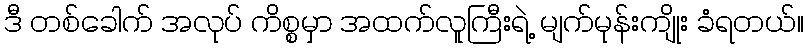
ဒီ တစ်ခေါက် အလုပ် ကိစ္စမှာ အထက်လူကြီးရဲ့ မျက်မုန်းကျိုး ခံရတယ်။